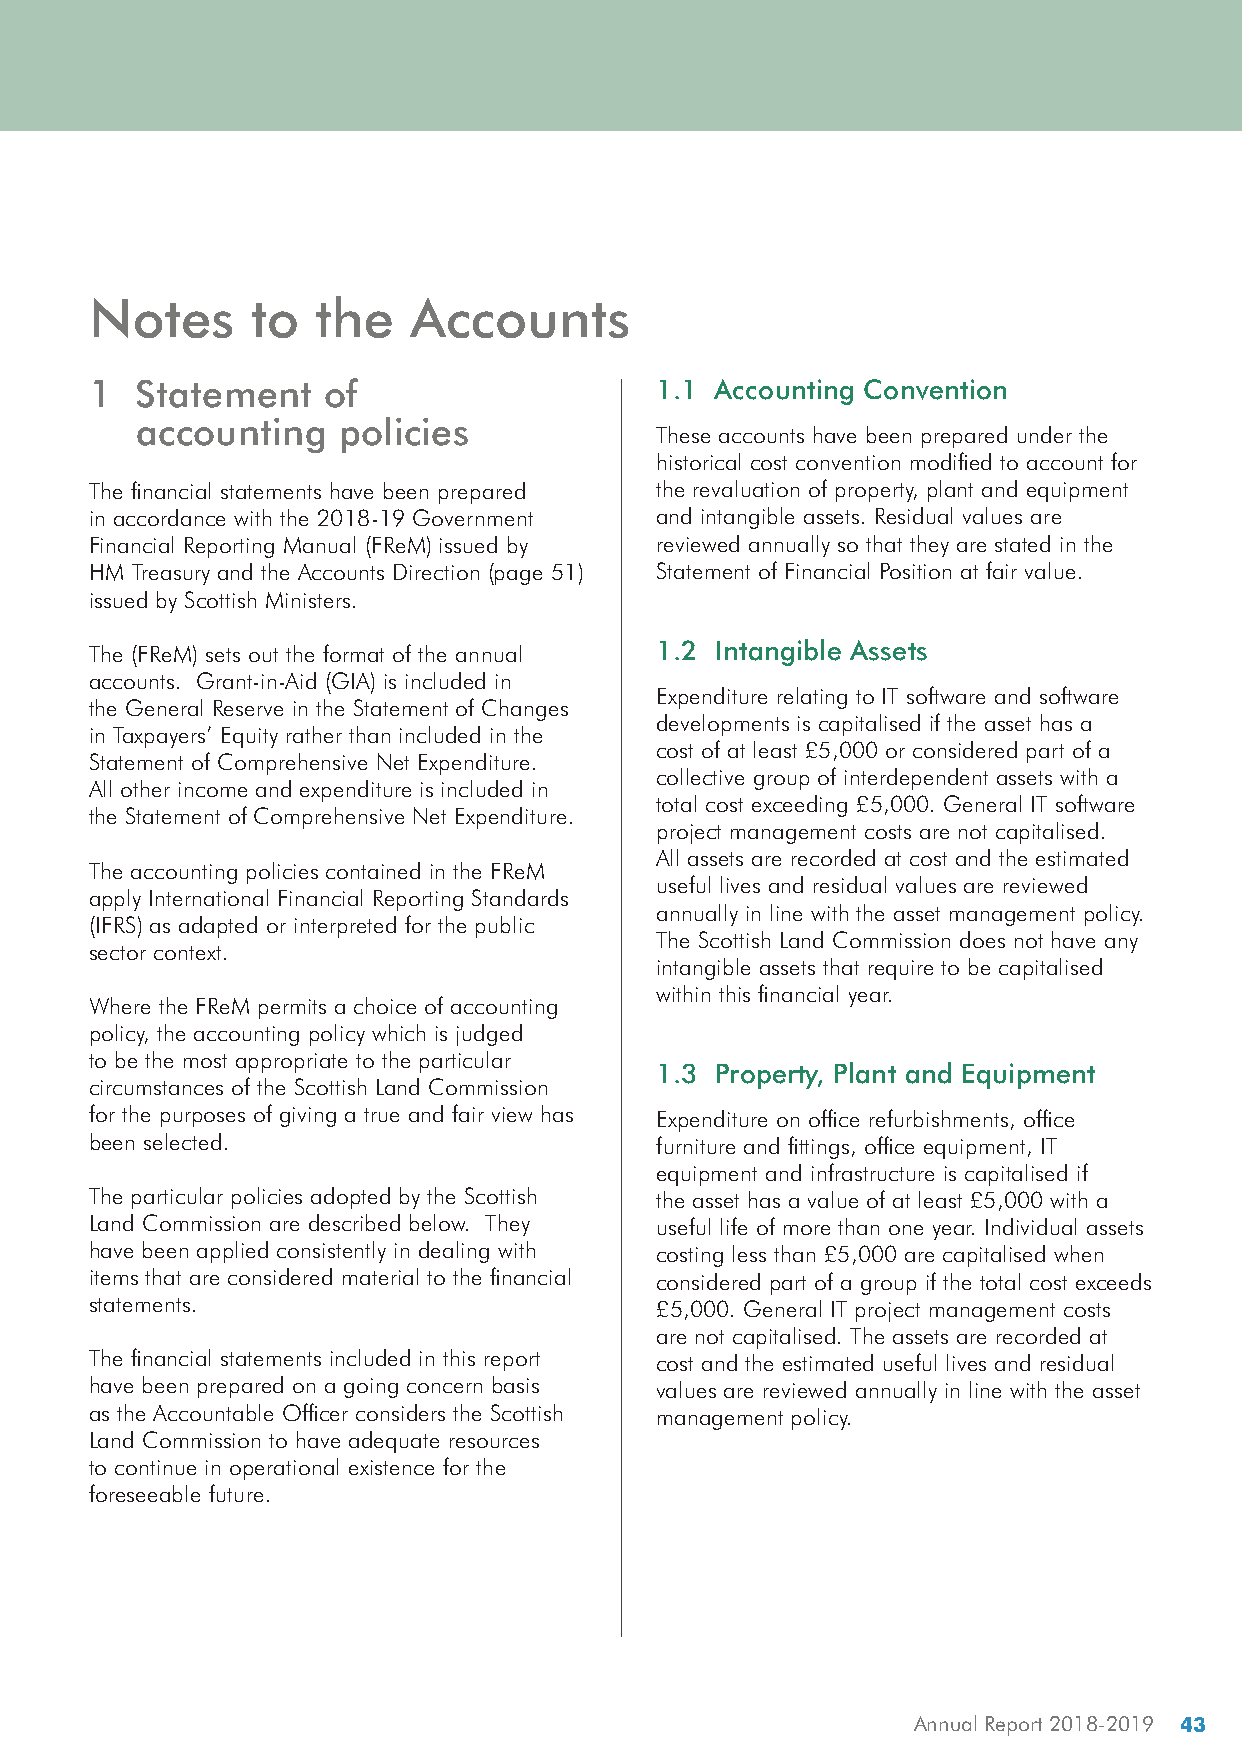
Notes      to  the   Accounts
 1  Statement    of                    1.1 Accounting Convention
 accounting    policies
 These accounts have been prepared under the
 historical cost convention modified to account for
 The financial statements have been prepared the revaluation of property, plant and equipment
 in accordance with the 2018-19 Government and intangible assets. Residual values are
 Financial Reporting Manual (FReM) issued by reviewed annually so that they are stated in the
 HM Treasury and the Accounts Direction (page 51) Statement of Financial Position at fair value.
 issued by Scottish Ministers.
 The (FReM) sets out the format of the annual 1.2 Intangible Assets
 accounts. Grant-in-Aid (GIA) is included in
 Expenditure relating to IT software and software
 the General Reserve in the Statement of Changes
 developments is capitalised if the asset has a
 in Taxpayers’ Equity rather than included in the
 cost of at least £5,000 or considered part of a
 Statement of Comprehensive Net Expenditure.
 collective group of interdependent assets with a
 All other income and expenditure is included in
 total cost exceeding £5,000. General IT software
 the Statement of Comprehensive Net Expenditure.
 project management costs are not capitalised.
 All assets are recorded at cost and the estimated
 The accounting policies contained in the FReM
 useful lives and residual values are reviewed
 apply International Financial Reporting Standards
 annually in line with the asset management policy.
 (IFRS) as adapted or interpreted for the public
 The Scottish Land Commission does not have any
 sector context.
 intangible assets that require to be capitalised
 within this financial year.
 Where the FReM permits a choice of accounting
 policy, the accounting policy which is judged
 to be the most appropriate to the particular
 1.3 Property, Plant and Equipment
 circumstances of the Scottish Land Commission
 for the purposes of giving a true and fair view has Expenditure on office refurbishments, office
 been selected.                        furniture and fittings, office equipment, IT
 equipment and infrastructure is capitalised if
 The particular policies adopted by the Scottish the asset has a value of at least £5,000 with a
 Land Commission are described below. They useful life of more than one year. Individual assets
 have been applied consistently in dealing with costing less than £5,000 are capitalised when
 items that are considered material to the financial considered part of a group if the total cost exceeds
 statements.                           £5,000. General IT project management costs
 are not capitalised. The assets are recorded at
 The financial statements included in this report cost and the estimated useful lives and residual
 have been prepared on a going concern basis values are reviewed annually in line with the asset
 as the Accountable Officer considers the Scottish management policy.
 Land Commission to have adequate resources
 to continue in operational existence for the
 foreseeable future.
 Annual Report 2018-2019 43